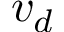
v _ { d }